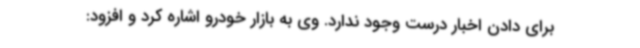
برای دادن اخبار درست وجود ندارد. وی به بازار خودرو اشاره کرد و افزود: